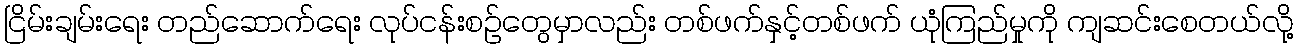
ငြိမ်းချမ်းရေး တည်ဆောက်ရေး လုပ်ငန်းစဉ်တွေမှာလည်း တစ်ဖက်နှင့်တစ်ဖက် ယုံကြည်မှုကို ကျဆင်းစေတယ်လို့